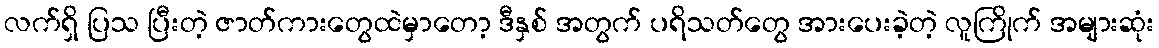
လက်ရှိ ပြသ ပြီးတဲ့ ဇာတ်ကားတွေထဲမှာတော့ ဒီနှစ် အတွက် ပရိသတ်တွေ အားပေးခဲ့တဲ့ လူကြိုက် အများဆုံး